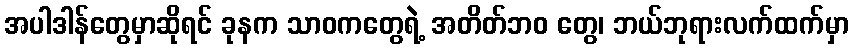
အပါဒါန်တွေမှာဆိုရင် ခုနက သာဝကတွေရဲ့ အတိတ်ဘဝ တွေ၊ ဘယ်ဘုရားလက်ထက်မှာ